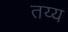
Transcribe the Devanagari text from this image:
तय्य